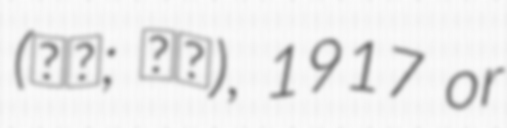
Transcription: (王鈴; 王铃), 1917 or